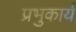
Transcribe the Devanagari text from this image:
प्रभुकार्य